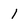
Character: 1